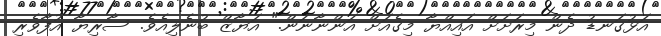
އަޅުގަނޑު ދެން މިރަށަށް އައިއްޔާ މިގެއަށް އަންނާނަން." އަޔާޒް ބުނެލިއެވެ. ސާރިޔާ އުފާވެރި